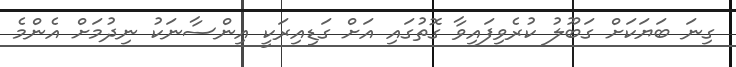
ގިނަ ބަޔަކަށް ގަބޫލު ކުރެވިފައިވާ ގޮތުގައި އަށް ގަޑިއިރަކީ އިންސާނަކު ނިދުމަށް އެންމެ